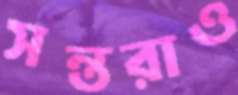
সন্তরাও